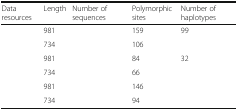
<table><thead><tr><td><b>Data resources</b></td><td><b>Length</b></td><td><b>Number of sequences</b></td><td><b>Polymorphic sites</b></td><td><b>Number of haplotypes</b></td></tr></thead><tbody><tr><td>[EMPTY_CELL]</td><td>981</td><td>[EMPTY_CELL]</td><td>159</td><td>99</td></tr><tr><td>[EMPTY_CELL]</td><td>734</td><td>[EMPTY_CELL]</td><td>106</td><td>[EMPTY_CELL]</td></tr><tr><td>[EMPTY_CELL]</td><td>981</td><td>[EMPTY_CELL]</td><td>84</td><td>32</td></tr><tr><td>[EMPTY_CELL]</td><td>734</td><td>[EMPTY_CELL]</td><td>66</td><td>[EMPTY_CELL]</td></tr><tr><td>[EMPTY_CELL]</td><td>981</td><td>[EMPTY_CELL]</td><td>146</td><td>[EMPTY_CELL]</td></tr><tr><td>[EMPTY_CELL]</td><td>734</td><td>[EMPTY_CELL]</td><td>94</td><td>[EMPTY_CELL]</td></tr></tbody></table>